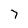
Character: 7